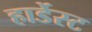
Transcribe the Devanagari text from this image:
हार्डेस्ट